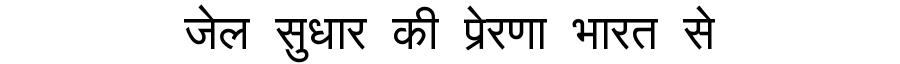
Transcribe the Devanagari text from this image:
जेल सुधार की प्रेरणा भारत से